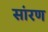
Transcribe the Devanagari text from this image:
सांरण